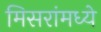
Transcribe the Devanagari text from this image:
मिसरांमध्ये